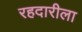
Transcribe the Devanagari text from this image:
रहदारीला